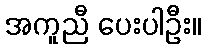
အကူညီ ပေးပါဦး။